Leaving Certificate Examination (including Day School Certificate (Higher) General paper), 1927
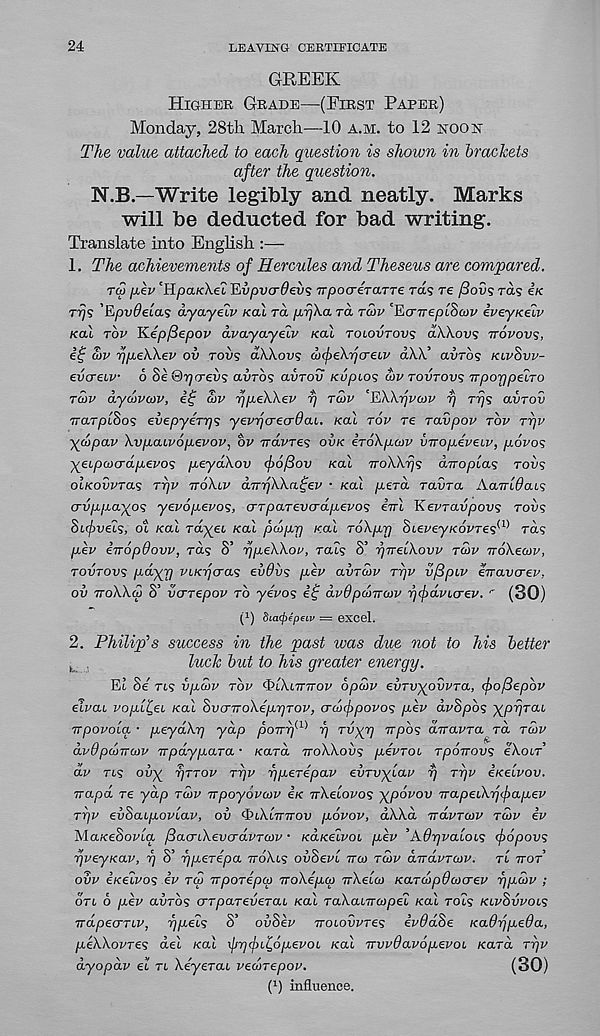
24
LEAVING CERTIFICATE
GREEK
HIGHER GRADE—(FIRST PAPER)
Monday, 28th March—10 A.M. to 12 HOON
The value attached to each question is shown in brackets
after the question.
N.B—Write legibly and neatly. Marks
will be deducted for bad writing.
Translate into English :—
1. The achievements of Hercules and Theseus are compared.
T<5 /rev 'Hpa/cXet TLvpvcrdevs TTpocreraTTe rds re fSovs rd? e/c
rijs 'Epvdelas dyayeiv KOI rd p,rj\a rd roiv "EcnreplScov iveyKelv
KO! TOV K.ep/3epov dvayayeiv KOU TOIOVTOVS CLWOVS TTOVOVS,
S>v -rjpeWev ov rods dXXous d)(^eX7)creiv dXX’ adrds KLV&VV-
evcreLv 6 SeOijcreds avrbs avTov Kupios an/ TOVTOVS TrpoypeLTO
Taiv dydivcov, it; £)v yjpeWev rj TCOV 'RWrjvwv rj Trjs avroii
TTOLTplSos evepyeTrjS yevrjcrecrOai. Kal TOV re ravpov TOP TTJV
ydpoiv Xypcuvopevov, bv irdvres OVK iroXpcov viropeveiv, p,6vo<;
-^eipa>crdpevo<s peydXov (f>6f3ov KCLI noWrjs aTroptas rods
oiKOvvras Trjv TTOXIV aTnjWa^ev • KOA /ierd radra Aairi^ats
crdju/iayos yevopevos, (TTparevcrdpevos ini Kevravpovs rods
Mpveis, oi KCLL ra-^ei /cat pwfjLr) /cat Tokjirj oieveyKovre^ ’ ra?
piv inopdovv, rds S’ rjpeXXov, rats S’ rjneiXovv TU>V noXewv,
TOVTOVS pdyy Fi/c^'cras ed^ds piv CLVTCOV rrjv v/Spcv enavcrev,
ov noWd S’ vcrrepov rd yevos e£ dvOpuma/v rjftxvLcrev. r (30)
(!) 8ia(j>4peiv = excel.
2. Philip’s success in the past was due not to his better
,
luck but to his greater energy.
Et Se’ rts vpd>v TOV Qikinnov opcov evTvyovvTa, fofiepbv
elvau vopli^ei Kal SvcrnoXipyrov, crdxj/povos pev dvSpb<; ypyrai
npovoia • iLeyahTj yap po7Trj K ) rj rvyr] rrpos anavra ra TOJV
dvdpdnajv npdypara • Kara noWovs pevrot rponov? eXotr’
dv rts ody rjrTov rr/v yperepav einvylav yj ryv iKelvov.
napa re yap rdv npoyovaiv iK n\eiovo<; ypovov napeikrjfapev
ryv evhaipovlav, ov (biKinnov povov, dXXd ndvrcov TCJV iv
Ma/ceSozda fiacriXevcrdvTcov • KaKeivoi piv ’A^^atois fopovs
yveyKav, rj S’ yperepa noXts odSeft na> Ta>v andvratv. rt 7ror’
ovv iKeivos iv rw nporepcv noXepco nXela) KaTcopdaxrev ypcov ;
ort d piv adrds orrparederat /cat raXatTrcupet Kal rots KLVSVVOLS
ndpecTTiv, ypeis S’ ovSiv noLovvres ivOdSe KadypeOa,
piXXovres del /cat xpyipi^opevoL Kal nvvOavopevoi Kara ryv
dyopdv el rt Xeyerat vecorepov.
(30)
l 1 ) influence.